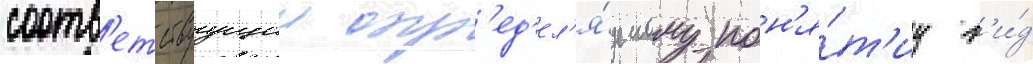
соотв'етствуущии опр'ед'ел'я́емому пон'я́т'иу в'и́д